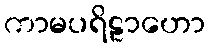
ကာမပရိဠာဟော